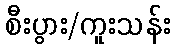
စီးပွား/ကူးသန်း